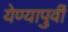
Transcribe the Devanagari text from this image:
येण्यापुर्वी